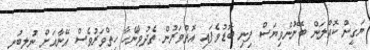
ޔަގީން ކޮއްލަން ބޭނުންވިޔަސް ފިނި ބޮޑުވެފައި އޮތްވަރުން ތެދުވާނެހާ ހިތްވަރުވެސް އޭނާއަށް ނުލިބުނީ